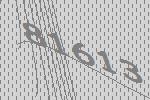
81613